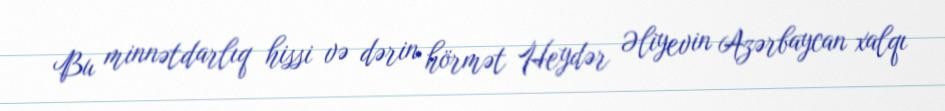
Bu minnətdarlıq hissi və dərin hörmət Heydər Əliyevin Azərbaycan xalqı